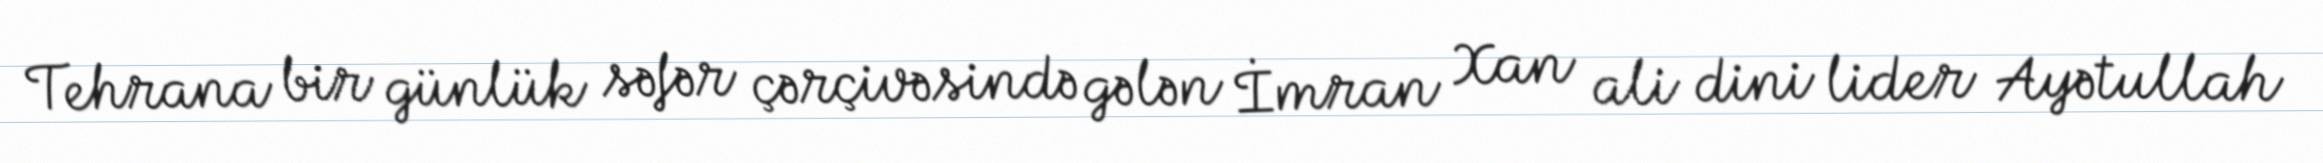
Tehrana bir günlük səfər çərçivəsində gələn İmran Xan ali dini lider Ayətullah